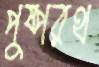
পুষ্পরথ